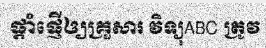
ផ្តាំផ្ញើឲ្យគ្រួសារ វិទ្យុABC ត្រូវ